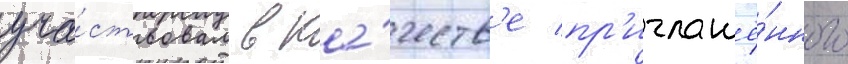
уча́ствовал в ка́честв'е пр'иглашё́нного